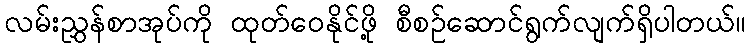
လမ်းညွှန်စာအုပ်ကို ထုတ်ဝေနိုင်ဖို့ စီစဉ်ဆောင်ရွက်လျက်ရှိပါတယ်။